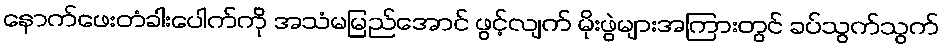
နောက်ဖေးတံခါးပေါက်ကို အသံမမြည်အောင် ဖွင့်လျက် မိုးဖွဲများအကြားတွင် ခပ်သွက်သွက်